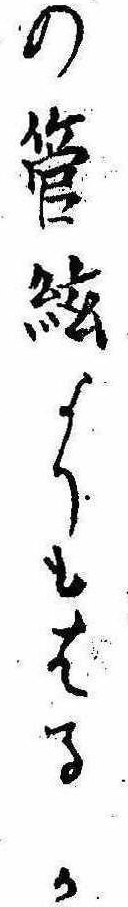
の管絃よりもはるか